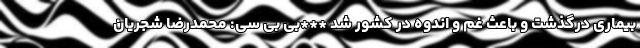
بیماری درگذشت و باعث غم و اندوه در کشور شد ***بی بی سی: محمدرضا شجریان